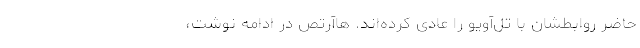
حاضر روابطشان با تل‌آویو را عادی کرده‌اند. هاآرتص در ادامه نوشت،